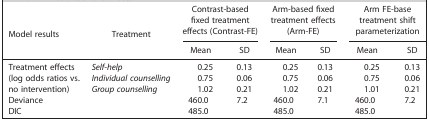
<table><thead><tr><td><b>Model results</b></td><td><b>Treatment</b></td><td colspan="2"><b>Contrast‐based fixed treatment effects (Contrast‐FE)</b></td><td colspan="2"><b>Arm‐based fixed treatment effects (Arm‐FE)</b></td><td colspan="2"><b>Arm FE‐base treatment shift parameterization</b></td></tr><tr><td></td><td></td><td><b>Mean</b></td><td><b>SD</b></td><td><b>Mean</b></td><td><b>SD</b></td><td><b>Mean</b></td><td><b>SD</b></td></tr></thead><tbody><tr><td rowspan="3">Treatment effects (log odds ratios vs. no intervention)</td><td><i>Self‐help</i></td><td>0.25</td><td>0.13</td><td>0.25</td><td>0.13</td><td>0.25</td><td>0.13</td></tr><tr><td><i>Individual counselling</i></td><td>0.75</td><td>0.06</td><td>0.75</td><td>0.06</td><td>0.75</td><td>0.06</td></tr><tr><td><i>Group counselling</i></td><td>1.02</td><td>0.21</td><td>1.02</td><td>0.21</td><td>1.01</td><td>0.21</td></tr><tr><td>Deviance</td><td></td><td>460.0</td><td>7.2</td><td>460.0</td><td>7.1</td><td>460.0</td><td>7.2</td></tr><tr><td>DIC</td><td></td><td>485.0</td><td></td><td>485.0</td><td></td><td>485.0</td><td></td></tr></tbody></table>